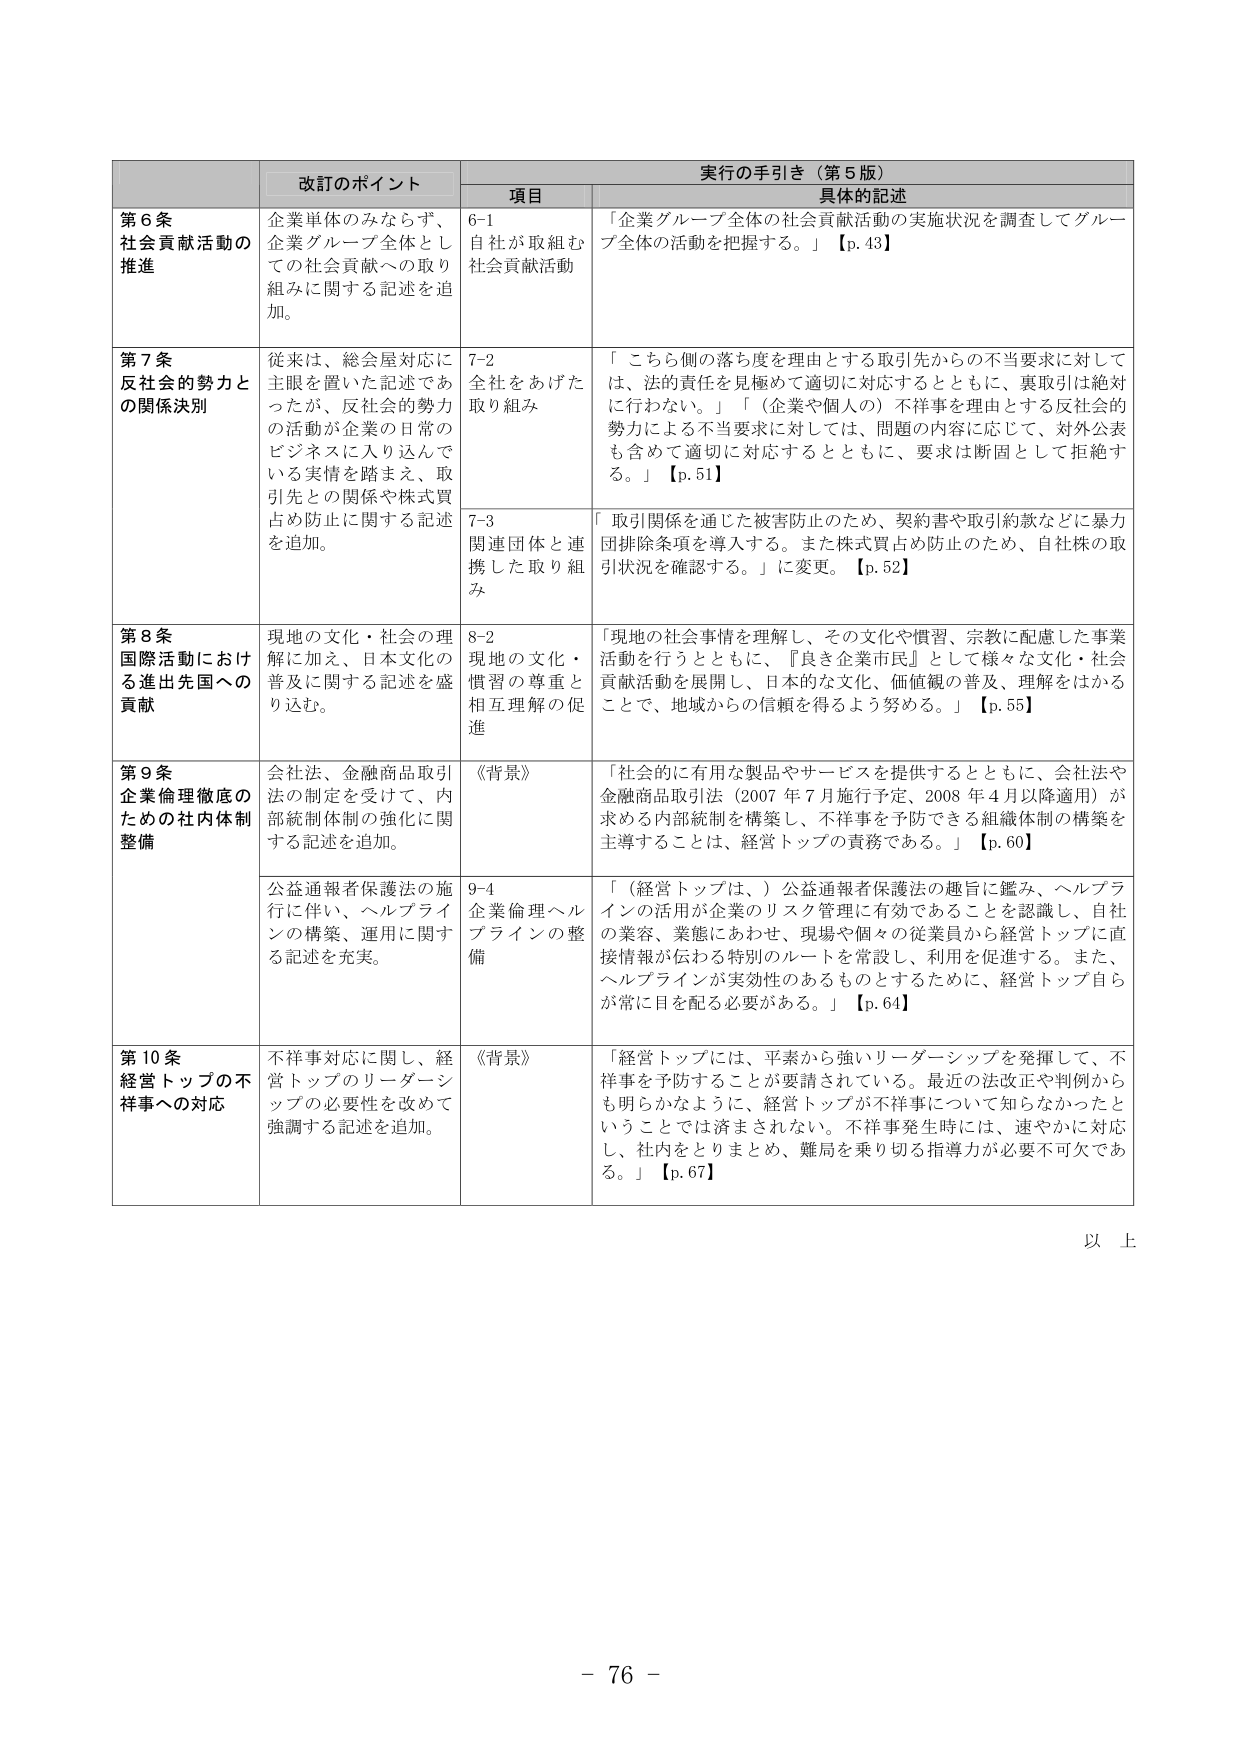
改訂のポイント 実行の手引き（第5版） 項目 具体的記述 第6条 社会貢献活動の 推進 企業単体のみならず、 企業グループ全体とし ての社会貢献への取り 組みに関する記述を追 加。 6-1 自社が取組む 社会貢献活動 「企業グループ全体の社会貢献活動の実施状況を調査してグルー プ全体の活動を把握する。」【p.43】 第7条 反社会的勢力と の関係決別 従来は、総会屋対応に 主眼を置いた記述であ ったが、反社会的勢力 の活動が企業の日常の ビジネスに入り込んで いる実情を踏まえ、取 引先との関係や株式買 占め防止に関する記述 を追加。 7-2 全社をあげた 取り組み 「こちら側の落ち度を理由とする取引先からの不当要求に対して は、法的責任を見極めて適切に対応するとともに、裏取引は絶対 に行わない。」「（企業や個人の）不祥事を理由とする反社会的 勢力による不当要求に対しては、問題の内容に応じて、対外公表 も含めて適切に対応するとともに、要求は断固として拒絶す る。」【p.51】 7-3 関連団体と連 携した取り組 み 「取引関係を通じた被害防止のため、契約書や取引約款などに暴力 団排除条項を導入する。また株式買占め防止のため、自社株の取 引状況を確認する。」に変更。【p.52】 第8条 国際活動におけ る進出先国への 貢献 現地の文化・社会の理 解に加え、日本文化の 普及に関する記述を盛 り込む。 8-2 現地の文化・ 慣習の尊重と 相互理解の促 進 「現地の社会事情を理解し、その文化や慣習、宗教に配慮した事業 活動を行うとともに、『良き企業市民』として様々な文化・社会 貢献活動を展開し、日本的な文化、価値観の普及、理解をはかる ことで、地域からの信頼を得るよう努める。」【p.55】 第9条 企業倫理徹底の ための社内体制 整備 会社法、金融商品取引 法の制定を受けて、内 部統制体制の強化に関 する記述を追加。 《背景》 「社会的に有用な製品やサービスを提供するとともに、会社法や 金融商品取引法（2007年7月施行予定、2008年4月以降適用）が 求める内部統制を構築し、不祥事を予防できる組織体制の構築を 主導することは、経営トップの責務である。」【p.60】 公益通報者保護法の施 行に伴い、ヘルプラ インの構築、運用に関す る記述を充実。 9-4 企業倫理ヘル プラインの整 備 「（経営トップは、）公益通報者保護法の趣旨に鑑み、ヘルプラ インの活用が企業のリスク管理に有効であることを認識し、自社 の業容、業態にあわせ、現場や個々の従業員から経営トップに直 接情報が伝わる特別のルートを常設し、利用を促進する。また、 ヘルプラインが実効性のあるものとするために、経営トップ自ら が常に目を配る必要がある。」【p.64】 第10条 経営トップの不 祥事への対応 不祥事対応に関し、経 営トップのリーダーシ ップの必要性を改めて 強調する記述を追加。 《背景》 「経営トップには、平素から強いリーダーシップを発揮して、不 祥事を予防することが要請されている。最近の法改正や判例から も明らかなように、経営トップが不祥事について知らなかったと いうことでは済まされない。不祥事発生時には、速やかに対応 し、社内をとりまとめ、難局を乗り切る指導力が必要不可欠であ る。」【p.67】 以上 - 76 -